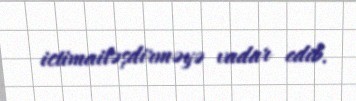
ictimailəşdirməyə vadar edib.